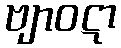
ဗျာဝဋာ